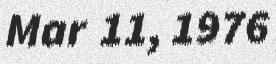
Mar 11, 1976